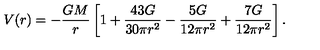
V ( r ) = - \frac { G M } { r } \left[ 1 + \frac { 4 3 G } { 3 0 \pi r ^ { 2 } } - \frac { 5 G } { 1 2 \pi r ^ { 2 } } + \frac { 7 G } { 1 2 \pi r ^ { 2 } } \right] .